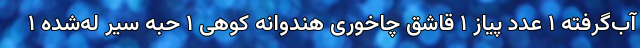
آب‌گرفته ۱ عدد پیاز ۱ قاشق چا‌خوری هندوانه کوهی ۱ حبه سیر له‌شده ۱